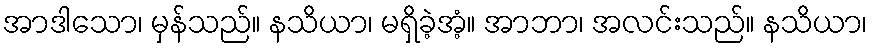
အာဒါသော၊ မှန်သည်။ နသိယာ၊ မရှိခဲ့အံ့။ အာဘာ၊ အလင်းသည်။ နသိယာ၊